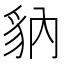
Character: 豽